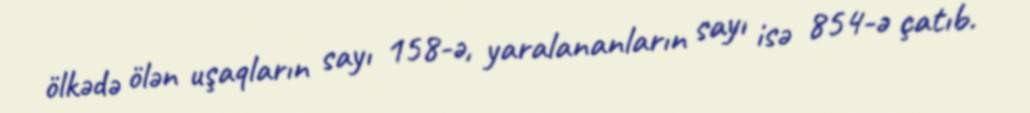
ölkədə ölən uşaqların sayı 158-ə, yaralananların sayı isə 854-ə çatıb.